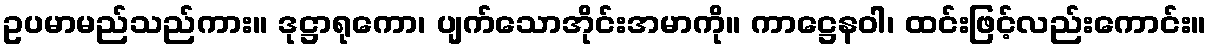
ဥပမာမည်သည်ကား။ ဒုဋ္ဌာရုကော၊ ပျက်သောအိုင်းအမာကို။ ကာဋ္ဌေနဝါ၊ ထင်းဖြင့်လည်းကောင်း။